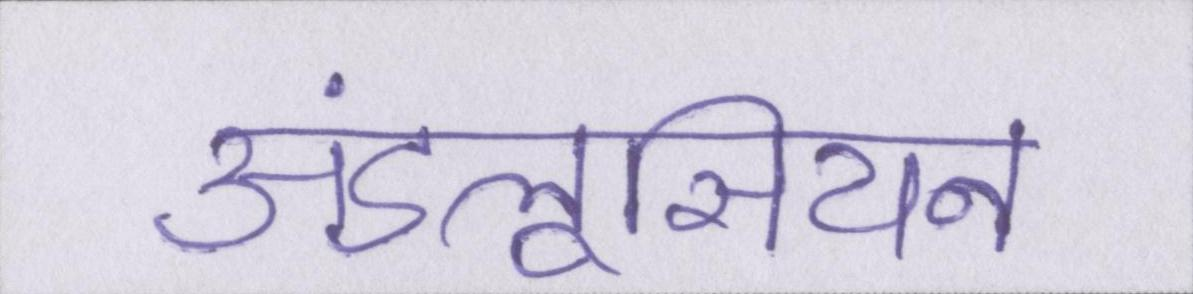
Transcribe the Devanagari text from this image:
अंडलूसियन